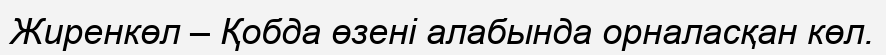
Жиренкөл – Қобда өзені алабында орналасқан көл.